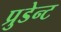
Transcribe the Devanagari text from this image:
प्रुडेन्ट